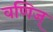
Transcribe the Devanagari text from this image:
वणिज्